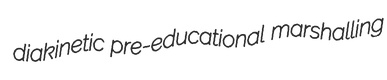
diakinetic pre-educational marshalling